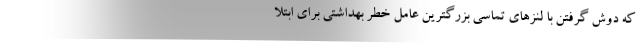
که دوش گرفتن با لنزهای تماسی بزرگترین عامل خطر بهداشتی برای ابتلا